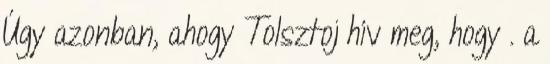
Úgy azonban, ahogy Tolsztoj hív meg, hogy . a